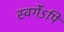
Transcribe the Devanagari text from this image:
स्वर्गेऽपि